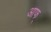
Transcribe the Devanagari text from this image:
आफ्